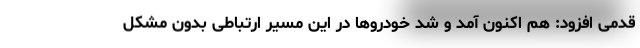
قدمی افزود: هم اکنون آمد و شد خودروها در این مسیر ارتباطی بدون مشکل